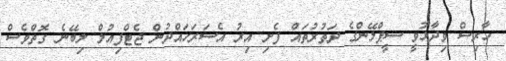
ހާރިސް ވިދާޅުވީ ސީޕްލޭންގެ ދަތުރުތައް ފެށި އިރު އެސަރަހައްދުން ޖެޓްފިއުލް ލިބޭނެ ގޮތްވެސް